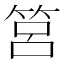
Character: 筥